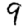
Digit: 9